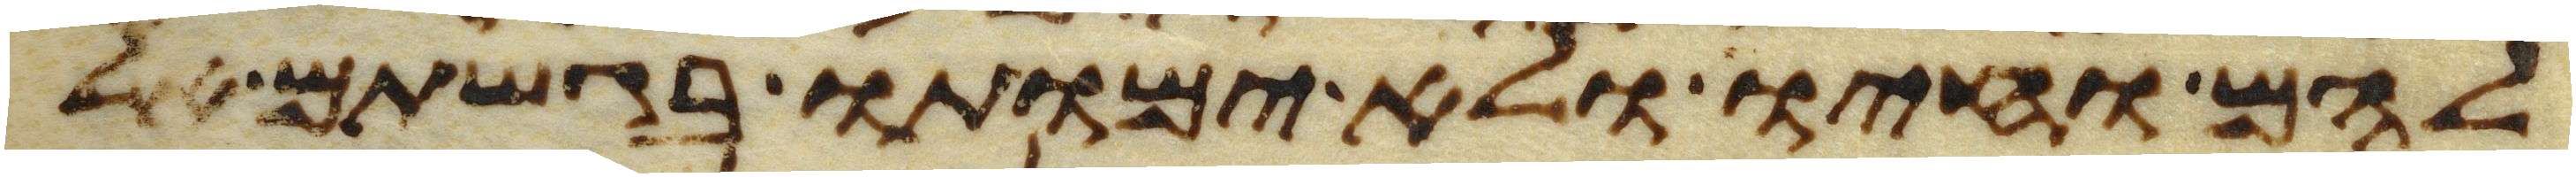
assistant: להם וחיו ולא ימותו בגשתם אל